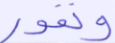
ونفور